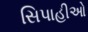
સિપાહીઓ